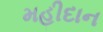
મહીદાન